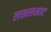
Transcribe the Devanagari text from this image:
लखलखाट